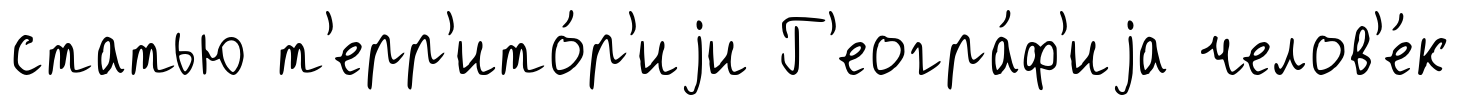
статью т'ерр'ито́р'иjи Г'еогра́ф'иjа челов'е́к